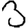
Digit: 3